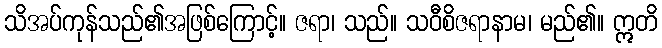
သိအပ်ကုန်သည်၏အဖြစ်ကြောင့်။ ဇရာ၊ သည်။ သဝီစိဇရာနာမ၊ မည်၏။ ဣတိ